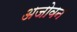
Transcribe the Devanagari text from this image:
अजोवन